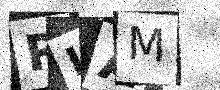
Text: RIAM